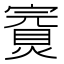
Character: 𡫅